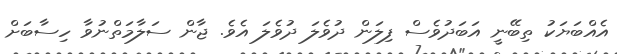
އެއްބަޔަކު ތިބޭނީ އަބަދުވެސް ފިލަން ދުވެލަ ދުވެލަ އެވެ. ޖާން ސަލާމަތްނުވާ ހިސާބަށް